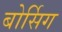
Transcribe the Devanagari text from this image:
बोर्सिग